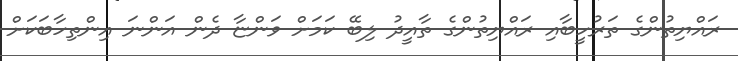
ރައްޔިތުންގެ ތަރުހީބާއި ރައްޔިތުންގެ ތާއީދު ލިބޭ ކަމަށް ވަންޏާ ދެން އަންނަ އިންތިހާބަކަށް